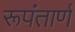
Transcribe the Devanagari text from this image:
रूपंतार्ण